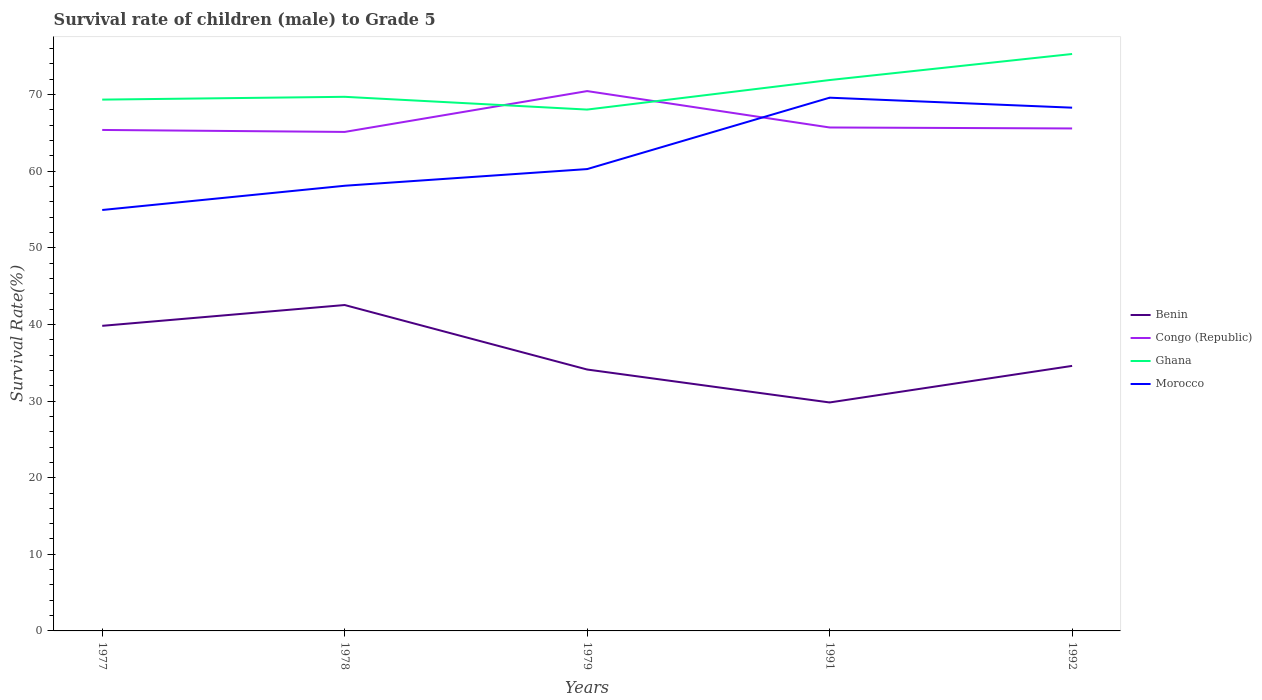
| Years | Benin | Congo (Republic) | Ghana | Morocco |
 | --- | --- | --- | --- | --- |
 | 1977 | 39.8 | 65.4 | 69.3 | 54.9 |
 | 1978 | 42.5 | 65.1 | 69.7 | 58.1 |
 | 1979 | 34.1 | 70.5 | 68 | 60.3 |
 | 1991 | 29.8 | 65.7 | 71.9 | 69.6 |
 | 1992 | 34.6 | 65.6 | 75.3 | 68.3 |